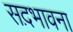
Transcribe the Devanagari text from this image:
सद़भावना